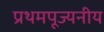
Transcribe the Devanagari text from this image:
प्रथमपूज्यनीय